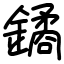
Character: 鐍